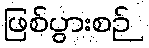
ဖြစ်ပွားစဉ်